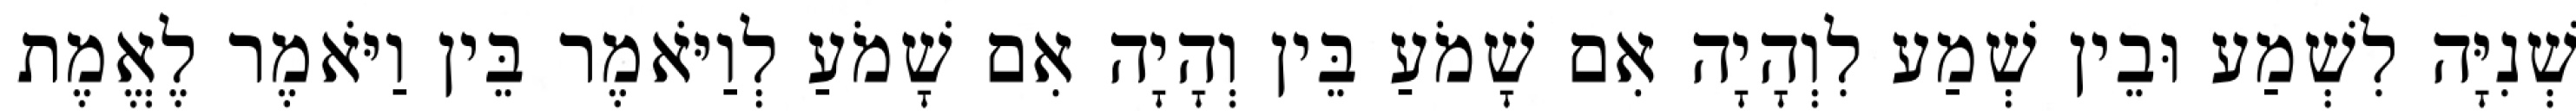
שְׁנִיָּה לִשְׁמַע וּבֵין שְׁמַע לִוְהָיָה אִם שָׁמֹעַ בֵּין וְהָיָה אִם שָׁמֹעַ לְוַיֹּאמֶר בֵּין וַיֹּאמֶר לֶאֱמֶת